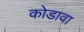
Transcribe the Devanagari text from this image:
कोडावा